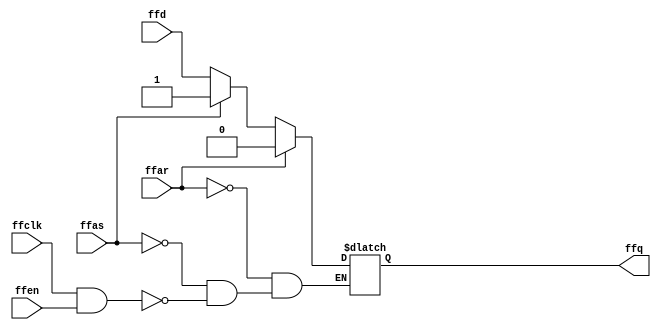
module storage_latch(
  input ffd, ffclk, ffen, ffas, ffar,
  output reg ffq
);

  always @ (*) begin
    if (ffar == 1)
      ffq <= 0;

    else if (ffas == 1)
      ffq <= 1;

    else if (ffclk == 1 && ffen == 1)
      ffq <= ffd;

  end
endmodule